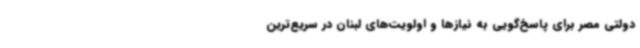
دولتی مصر برای پاسخ‌گویی به نیازها و اولویت‌های لبنان در سریع‌ترین